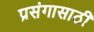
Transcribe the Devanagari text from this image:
प्रसंगासाठी